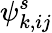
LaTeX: \psi_{k,ij}^{s}